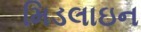
મિડલાઇન